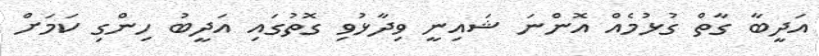
އަދީބާ ގާތް ގުޅުމެއް އޮންނަ ޝައިނީ ވިދާޅުވި ގޮތުގައި އަދީބު ހިންގި ކަމަށް